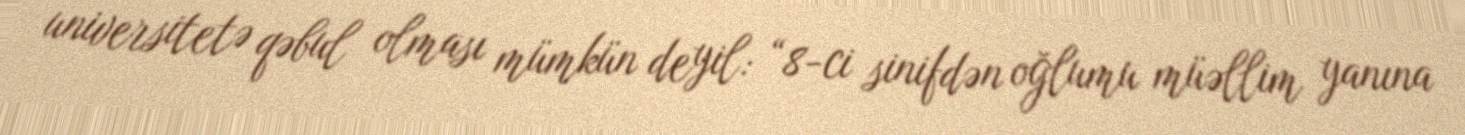
universitetə qəbul olması mümkün deyil: “8-ci sinifdən oğlumu müəllim yanına